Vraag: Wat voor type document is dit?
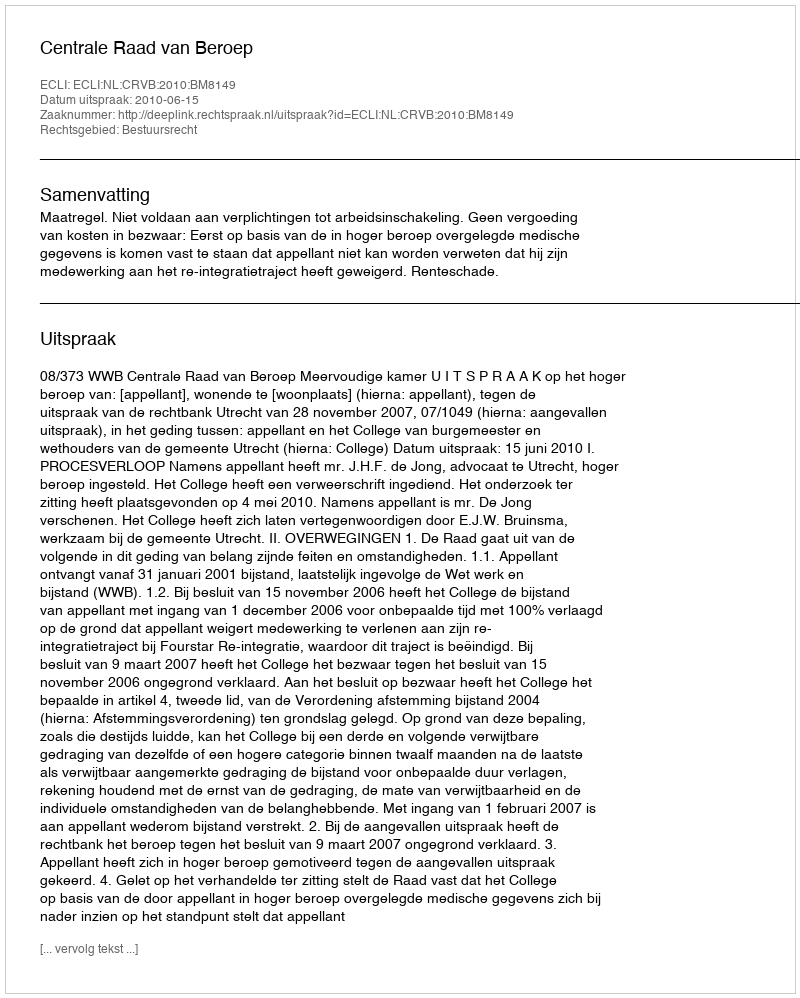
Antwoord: Uitspraak